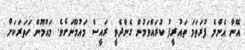
އޭނާ އެންމެ ފުރަތަމަ ތައުރީފު ކުރައްވަމުން ގެންދެވީ ރައީސް މައުމޫނަށެވެ. މައުމޫން ހަތަރަކަށް